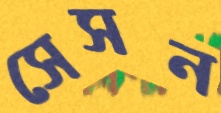
সেসন